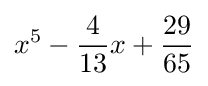
x^{5}-{\frac {4}{13}}x+{\frac {29}{65}}